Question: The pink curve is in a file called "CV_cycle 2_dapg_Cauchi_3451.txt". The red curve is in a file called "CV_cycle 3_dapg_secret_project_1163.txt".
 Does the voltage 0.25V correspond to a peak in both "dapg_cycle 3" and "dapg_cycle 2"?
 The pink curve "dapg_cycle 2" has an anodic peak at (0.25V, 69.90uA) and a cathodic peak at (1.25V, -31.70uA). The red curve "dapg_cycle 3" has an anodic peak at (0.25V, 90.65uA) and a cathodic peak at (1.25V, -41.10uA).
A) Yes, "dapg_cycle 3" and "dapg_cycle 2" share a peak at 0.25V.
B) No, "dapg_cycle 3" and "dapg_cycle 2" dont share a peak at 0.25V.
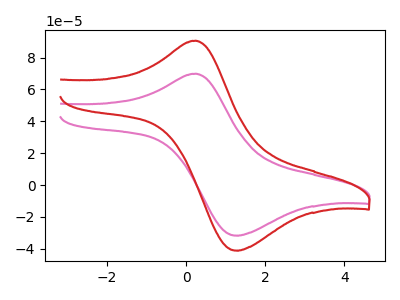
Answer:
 <answer>A) Yes, "dapg_cycle 3" and "dapg_cycle 2" share a peak at 0.25V.</answer>
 <eval>A</eval>